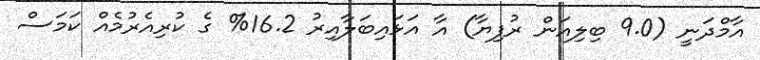
އާމްދަނީ (9.0 ބިލިއަން ރުފިޔާ) އާ އަޅައިބަލާއިރު 16.2% ގެ ކުރިއެރުމެއް ކަމަސް